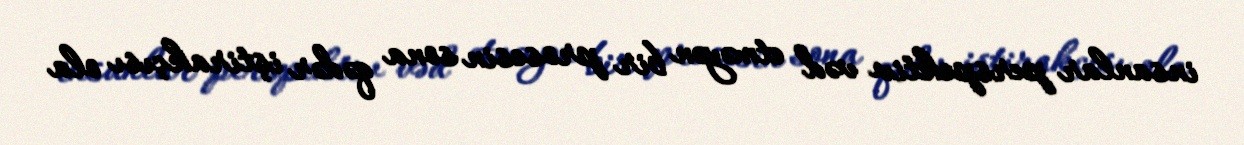
insanlar perspektiv vəd etməyən bir prosesin sona qədər iştirakçısı ola